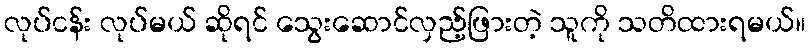
လုပ်ငန်း လုပ်မယ် ဆိုရင် သွေးဆောင်လှည့်ဖြားတဲ့ သူကို သတိထားရမယ်။